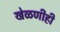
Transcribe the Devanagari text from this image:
खेळणीही